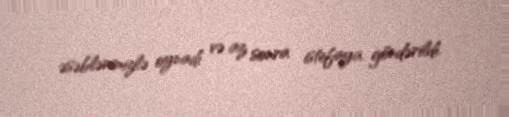
əsəblərimizlə oynadı və az sonra istefaya göndərildi.